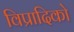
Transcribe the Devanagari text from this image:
विप्रादिको